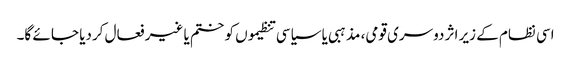
اسی نظام کے زیر اثر دوسری قومی، مذہبی یا سیاسی تنظیموں کو ختم یا غیر فعال کردیا جا ئے گا۔